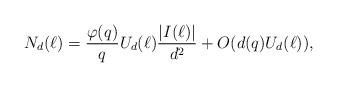
LaTeX: \begin{align*}N_d(\ell)=\frac{\varphi(q)}{q}U_d(\ell)\dfrac{\left|I(\ell)\right|}{d^2}+O(d(q)U_d(\ell)),\end{align*}